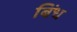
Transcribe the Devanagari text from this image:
बिंध